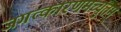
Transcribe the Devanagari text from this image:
जगत्कारणमच्युतम्